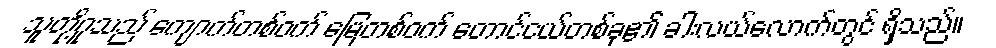
သူတို့ဂူသည် ကျောက်တစ်ဝက် မြေတစ်ဝက် တောင်ငယ်တစ်ခု၏ ခါးလယ်လောက်တွင် ရှိသည်။